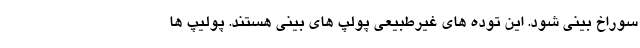
سوراخ بینی شود. این توده های غیرطبیعی پولپ های بینی هستند. پولیپ ها